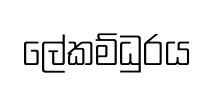
ලේකම්ධුරය